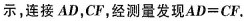
示，连接AD，CF，经测量发现$$AD=CF$$.